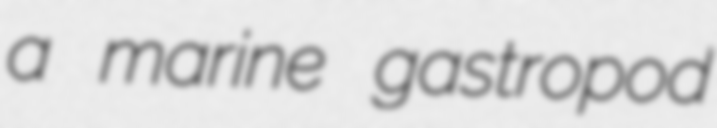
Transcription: a marine gastropod